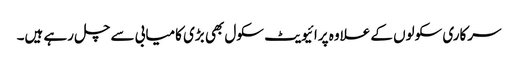
سرکاری سکولوں کے علاوہ پرائیویٹ سکول بھی بڑی کامیابی سے چل رہے ہیں۔